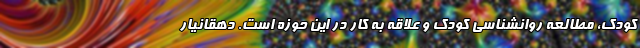
کودک، مطالعه روانشناسی کودک و علاقه به کار در این حوزه است. دهقانیار